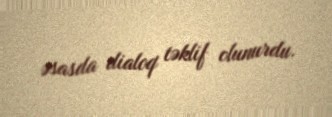
əsasda dialoq təklif olunurdu.